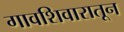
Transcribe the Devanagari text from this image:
गावशिवारातून